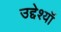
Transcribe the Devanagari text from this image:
उद्देश्यॉ